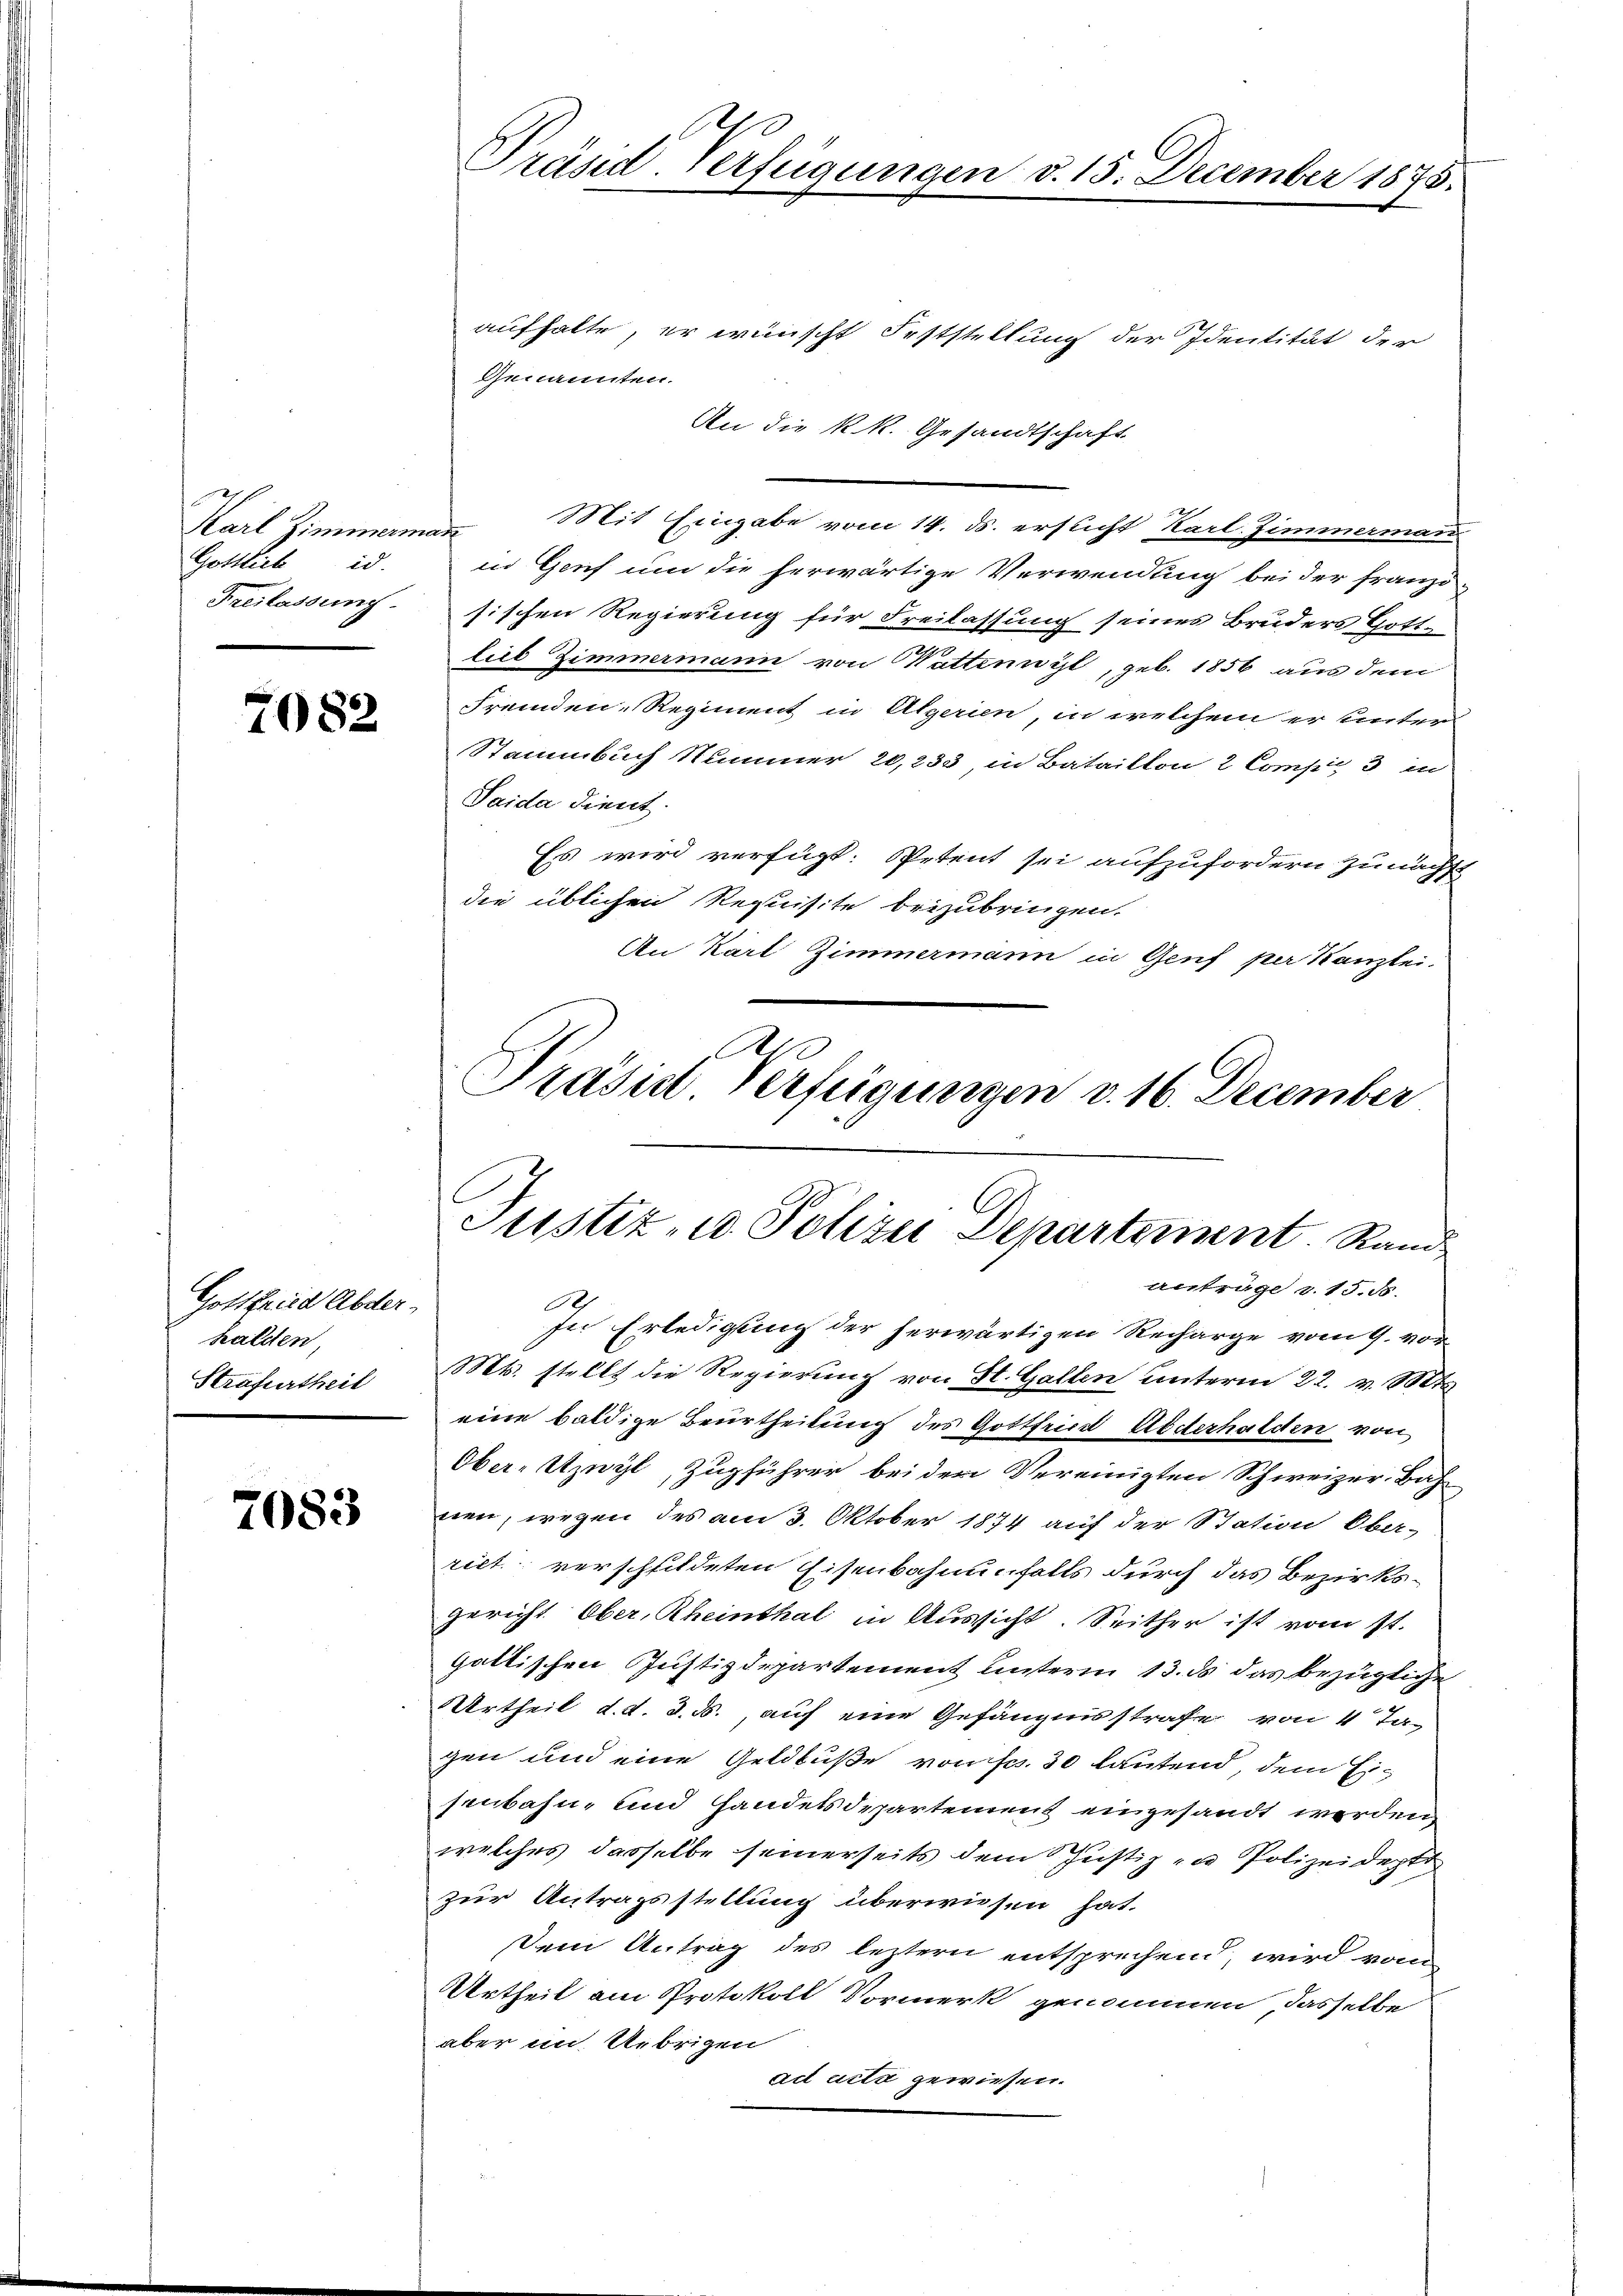
Karl Zimmermann
Gottlich id.
Freilassung

7082

Gottfried Abder
halden,
Strafurtheit

7083

Präsid. Verfügungen d. 15. December 1875.

aufhalte, er wünscht Feststellung der Identität der
Genannten.
An die k. k. Gesandtschaft
Mit Eingabe vom 14. ds. ersucht Karl. Zimmerman
in Genf um die herwärtige Verwendung bei der Franzö-
sischen Regierung für Freilassung seines Bruders Gott-
lieb Zimmermann von Wattenwist, geb. 1856 aus dem
Fremden-Regiment in Algerien, in welchem er unter-
Stammbuch Nummer 20,233, in Bataillon 2 Comp. 3 in
Saida dient.
Es wird verfügt: Petent sei aufzufordern zunächst
die üblichen Requisite beizubringen.
An Karl Zimmermann in Genf per Kanzlei.
Ain

Präsidl Verfügungen v. 16. December
Justiz- u. Polizei Departement. Rand

anträge v. 15. 55.
In Erledigung der herwärtigen Recharge vom 9. vor
Mts. stellt die Regierung von St. Gallen unterm 22. v. Mts.
eine baldige Beurtheilung des Gottfried Anderhalden von
Ober-Utzwyl, Zugführer bei der Vereinigten Schweizer-Bah-
nen, wegen des am 3. Oktober 1874 auf der Station Ober-
rict, verschfildeten Eisenbahnenfalls durch das Bezirks-
Gericht Ober, Rheinthal in Aussicht. Seither ist vom st.
Gattischen Justizdepartement unterm 13. ds das bezügliche
Urtheil d. d. d. d. auf eine Gefängnisstrafe von 4 Tagen und eine Geldbuße von Fr. 30 lautend, dem Eisenbahn- und Handelsdepartement eingesandt werden
welches dasselbe seinerseits dem Justiz in Polizeidept
zur Antragsstellung überwiesen hat.
Dem Antrag des leztern entsprechend, wird vom
Urtheil am Protokoll Vormerk genommen, dasselbe
aber im Uebrigen
ad acta gewiesen.